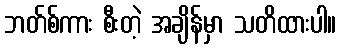
ဘတ်စ်ကား စီးတဲ့ အချိန်မှာ သတိထားပါ။